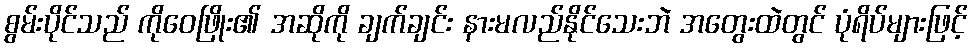
စွမ်းပိုင်သည် ကိုဝေဖြိုး၏ အဆိုကို ချက်ချင်း နားမလည်နိုင်သေးဘဲ အတွေးထဲတွင် ပုံရိပ်များဖြင့်